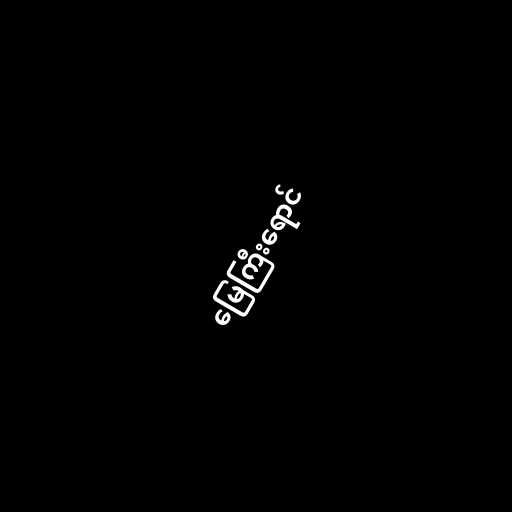
မြေကြီးရောင်